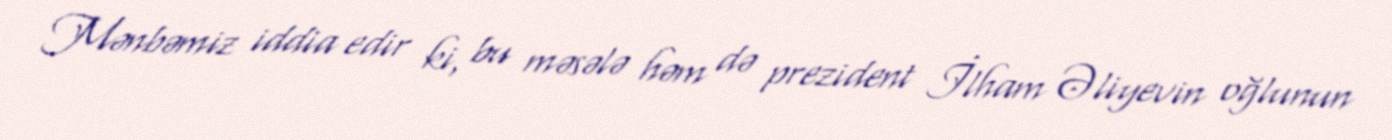
Mənbəmiz iddia edir ki, bu məsələ həm də prezident İlham Əliyevin oğlunun